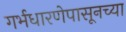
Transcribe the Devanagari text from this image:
गर्भधारणेपासूनच्या